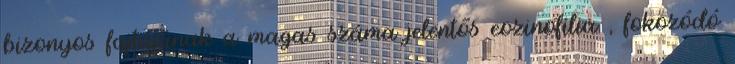
bizonyos fajtájának a magas száma jelentős eozinofília , fokozódó